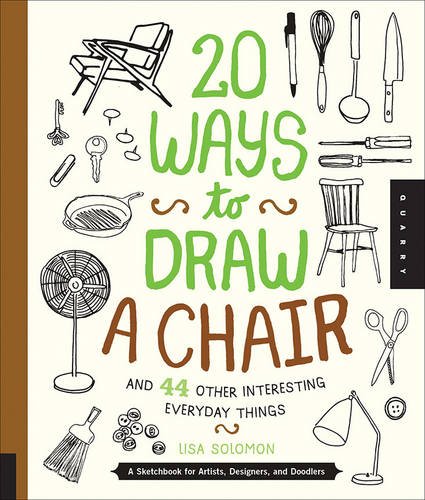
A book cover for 20 Ways to Draw a Chair and 44 Other Interesting Everyday Things: A Sketchbook for Artists, Designers, and Doodlers; Lisa Solomon; Comics & Graphic Novels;